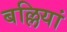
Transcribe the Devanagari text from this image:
बल्लियां